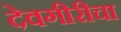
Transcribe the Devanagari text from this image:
देवगीरीचा